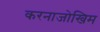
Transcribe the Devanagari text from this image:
करनाजोखिम